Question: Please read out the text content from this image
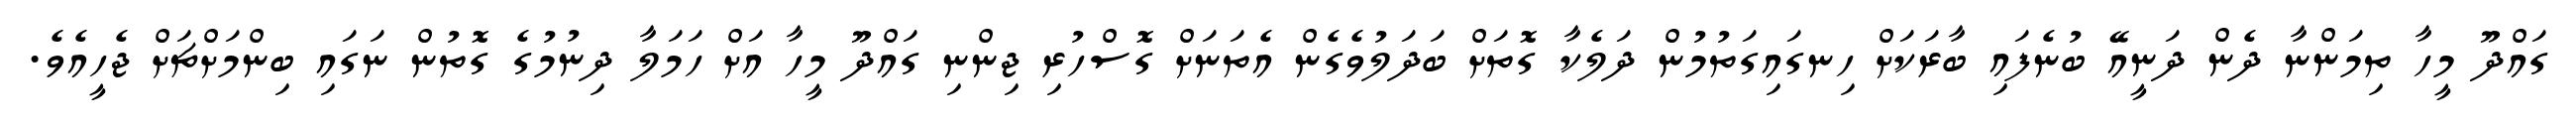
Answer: ގައްދޫ މީހާ ތިމަންނާ ދެން ދަނީއޭ ބުނެފައި ބާރަކަށް ހިނގައިގަތުމުން ދަލެކާ ގޮތަށް ބަދަލުވެގެން އެތަނަށް ގޮސްހުރި ޖިންނި ގައްދޫ މީހާ އަށް ހަމަލާ ދިނުމުގެ ގޮތުން ނަގައި ބިންމަށްޗަށް ޖެހީއެވެ.